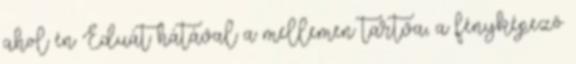
ahol én Eduát hátával a mellemen tartva, a fényképezõ